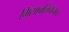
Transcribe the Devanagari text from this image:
मिसाबलिदानात